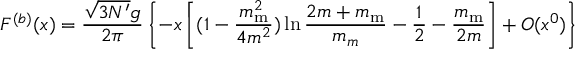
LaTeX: F ^ { ( b ) } ( x ) = \frac { \sqrt { 3 N ^ { \prime } } g } { 2 \pi } \left\{ - x \left[ ( 1 - \frac { m _ { \mathrm m } ^ { 2 } } { 4 m ^ { 2 } } ) \ln \frac { 2 m + m _ { \mathrm m } } { m _ { m } } - \frac 1 2 - \frac { m _ { \mathrm m } } { 2 m } \right] + O ( x ^ { 0 } ) \right\}